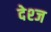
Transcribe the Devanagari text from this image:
देश्ज